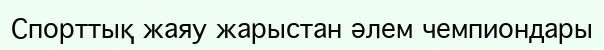
Спорттық жаяу жарыстан әлем чемпиондары